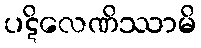
ပဋိလေဏိဿာမိ